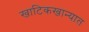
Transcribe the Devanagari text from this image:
खाटिकखान्यात